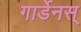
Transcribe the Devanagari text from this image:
गार्डेनस्